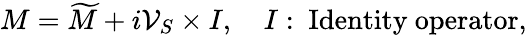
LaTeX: M=\widetilde{M}+i{\cal V}_{S}\times I,\quad I:\ \mathrm{Identity~operator},